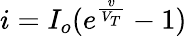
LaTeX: i=I_{o}(e^{\frac{v}{V_{T}}}-1)